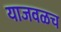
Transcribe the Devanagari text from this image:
याजवळच